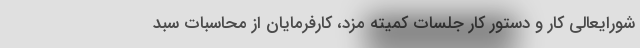
شورایعالی کار و دستور کار جلسات کمیته مزد، کارفرمایان از محاسبات سبد